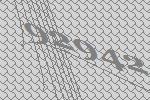
92942